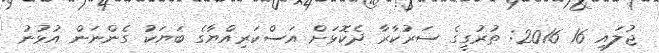
ޖުލައި 16 2016: ތުރުގީގެ ސަރުކާރާ ދެކޮޅަށް އަސްކަރިއްޔާގެ ބަޔަކު ގެންނަން އުޅުނު